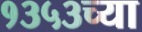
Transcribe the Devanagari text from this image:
१३५३च्या